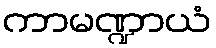
ကာမဏ္ဍာယံ